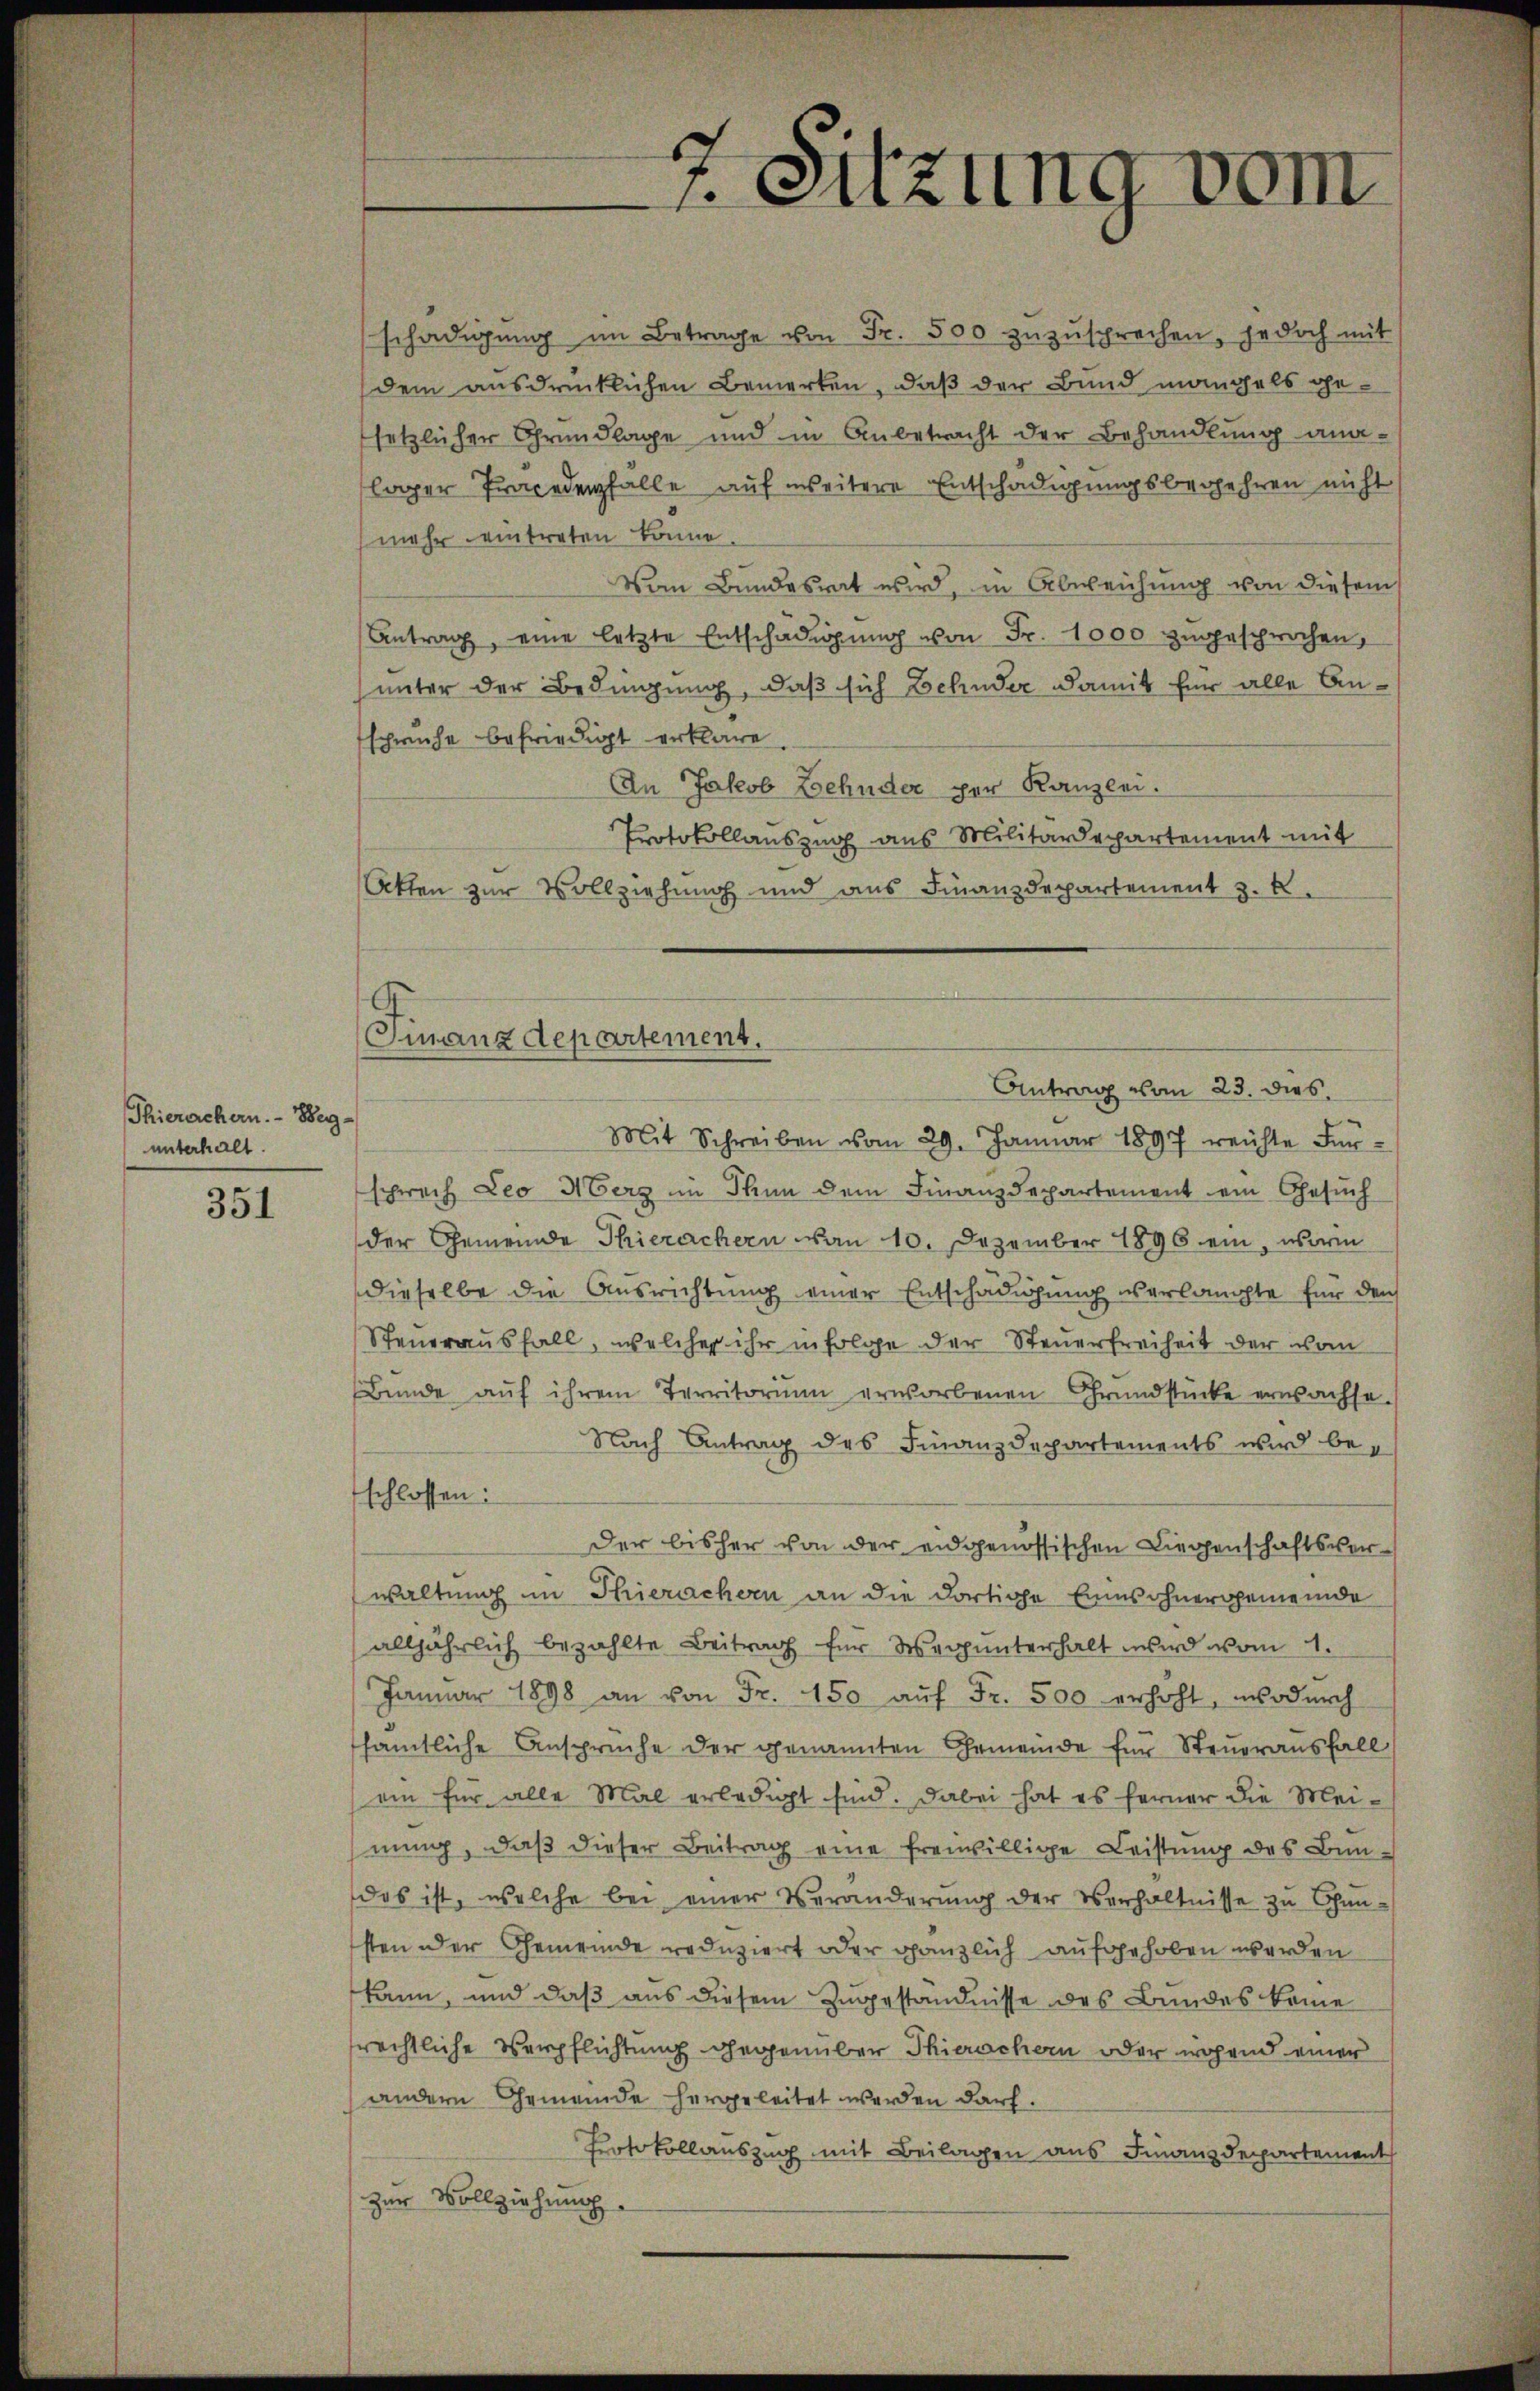
Thierachern. Weg-
unterhalt.

351

schädigŭng im Betrage von Fr. 500 zŭzŭsprechen, jedoch mit
dem ausdrücklichen Bemerken, daß der Bund manchels gesetzlicher Grundlage und in Anbetracht der Behandlung ana-
lager Procedenfälle auf weitere Entschädigungsbegehren nicht
mehr eintreten könne
Vom Bundesrat wird, in Abweichung von diesem
Antrag, eine letzte Entschädigŭng von Fr. 1000 zugesprochen,
unter der Bedingung, daß sich Zehnder damit für alle Anschriche befriedigt erkläre
An Jakob Zehnder per Kanzlei.
Protokollauszug aus Militärdepartement mit
Akten zur Vollziehung und aus Finanzdepartement z. B.
Antrag vom 23. dies
Mit Schreiben vom 29. Januar 1897 reichte Fürschwach Leo Merz im Thun dem Finanzdepartement ein Gesuch
der Gemeinde Thierachern von 10. Dezember 1896 ein, worin
dieselbe die Ausrichtung einer Entschädigung verlangte für den
Steuerausfall, welches ihr infolge der Steuerfreiheit der von
Bunde aŭf ihrem Territorium erworbenen Grundstücke erwachse.
Nach Antrag des Finanzdepartements wird beschlossen:
Der bisher von der eidgenössischen Liegenschaftsverwaltung im Thierachern an die dortige Einwohnergemeinde
alljährlich bezahlte Beitrag für Verunterhalt wird vom 1.
Januar 1898 an von Fr. 150 aŭf Fr. 500 erhöht, wodurch
sämtliche Ansprüche der genannten Gemeinde für Steuerausfall
ein für alle Mal erledigt sind. Dabei hat es ferner die Meihnung, daß dieser Beitrag eine freiwillige Leistung des Bundas ist, welche bei einer Veränderŭng der Verhältnisse zu Chunsten oder Gemeinde reduziert oder gänzlich aufgehoben werden
kann, und daß aus diesem Zugeständnisse des Bundes kame
rechtliche Verpflichtung gegenüber Thierschern oder irgend einer
andern Gemeinde hergeleitet werden darf.
Protokollauszug mit Beilagen aus Finanzdepartement
zur Vollziehung

Finanzdepartement.

7. Sitzung vom